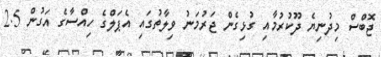
ޖޮބްސް މިދުނިޔެ ދޫކުރުމާއި ގުޅިގެން ޖަރުމަނު ވިލާތުގައި އެޕަލްގެ ހިއްސާގެ އަގުން 2.5